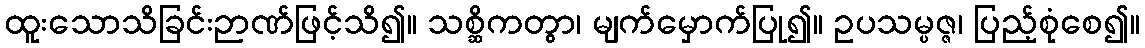
ထူးသောသိခြင်းဉာဏ်ဖြင့်သိ၍။ သစ္ဆိကတွာ၊ မျက်မှောက်ပြု၍။ ဥပသမ္ပဇ္ဇ၊ ပြည့်စုံစေ၍။